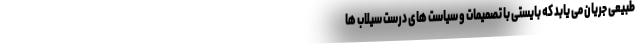
طبیعی جریان می‌ یابد که بایستی با تصمیمات و سیاست های درست سیلاب ها